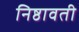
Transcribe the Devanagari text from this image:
निष्ठावती